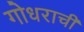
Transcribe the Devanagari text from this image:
गोधराची